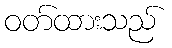
ဝတ်ထားသည်